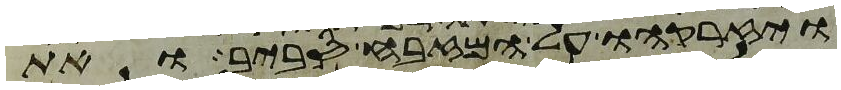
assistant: ויזרקהו על המזבח סביב ואת